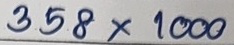
358 x 1000